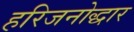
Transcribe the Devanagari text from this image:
हरिजनोद्धार